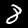
Digit: 8